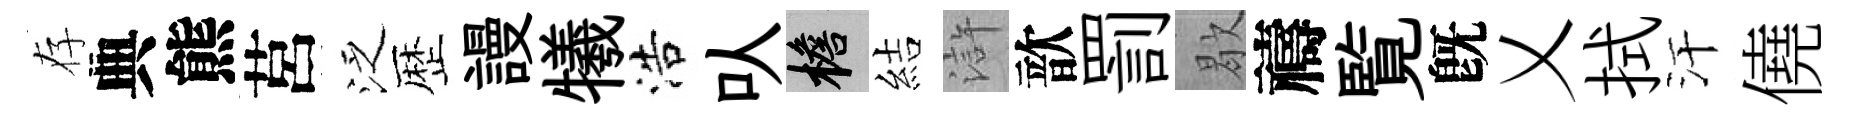
存典熊莒泛歴謾犧浩㕥檐結滸歆罰歇禱覧旣乂拭汗僥